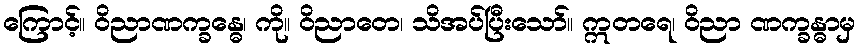
ကြောင့်။ ဝိညာဏက္ခန္ဓေ၊ ကို။ ဝိညာတေ၊ သိအပ်ပြီးသော်။ ဣတရေ၊ ဝိညာ ဏက္ခန္ဓာမှ